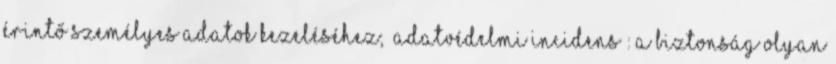
érintő személyes adatok kezeléséhez; „adatvédelmi incidens”: a biztonság olyan